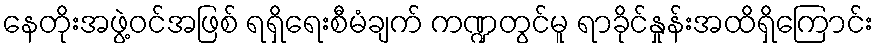
နေတိုးအဖွဲ့ဝင်အဖြစ် ရရှိရေးစီမံချက် ကဏ္ဍတွင်မူ ရာခိုင်နှုန်းအထိရှိကြောင်း